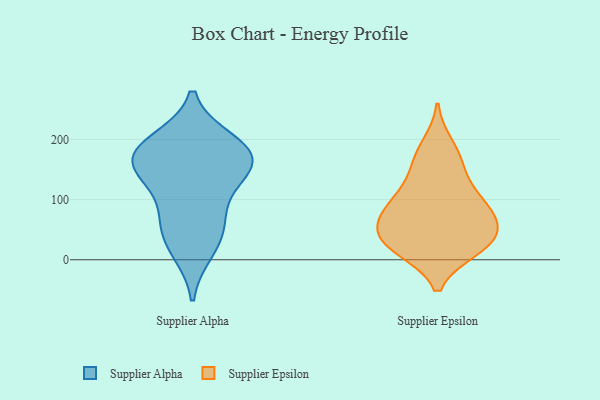
{"axis": {"x": "Tickets Resolved", "y": "Value"}, "legend": ["Supplier Alpha", "Supplier Epsilon"], "data": [{"x": "", "y": 157, "type": "Supplier Alpha"}, {"x": "", "y": 46, "type": "Supplier Alpha"}, {"x": "", "y": 161, "type": "Supplier Alpha"}, {"x": "", "y": 65, "type": "Supplier Alpha"}, {"x": "", "y": 195, "type": "Supplier Alpha"}, {"x": "", "y": 165, "type": "Supplier Alpha"}, {"x": "", "y": 188, "type": "Supplier Alpha"}, {"x": "", "y": 17, "type": "Supplier Alpha"}, {"x": "", "y": 164, "type": "Supplier Alpha"}, {"x": "", "y": 109, "type": "Supplier Alpha"}, {"x": "", "y": 56, "type": "Supplier Epsilon"}, {"x": "", "y": 81, "type": "Supplier Epsilon"}, {"x": "", "y": 54, "type": "Supplier Epsilon"}, {"x": "", "y": 164, "type": "Supplier Epsilon"}, {"x": "", "y": 66, "type": "Supplier Epsilon"}, {"x": "", "y": 47, "type": "Supplier Epsilon"}, {"x": "", "y": 99, "type": "Supplier Epsilon"}, {"x": "", "y": 112, "type": "Supplier Epsilon"}, {"x": "", "y": 96, "type": "Supplier Epsilon"}, {"x": "", "y": 153, "type": "Supplier Epsilon"}, {"x": "", "y": 19, "type": "Supplier Epsilon"}, {"x": "", "y": 21, "type": "Supplier Epsilon"}, {"x": "", "y": 191, "type": "Supplier Epsilon"}, {"x": "", "y": 17, "type": "Supplier Epsilon"}, {"x": "", "y": 25, "type": "Supplier Epsilon"}]}